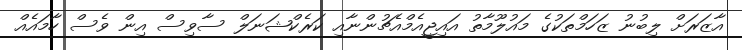
އާޒަރަށް ލިބުނު ޒަހަމްތަކުގެ މައުލޫމާތު އައިޖީއެމްއެޗުންނާއި ކަރެކްޝަނަލް ސާވިސް އިން ވެސް ހާމައެއް